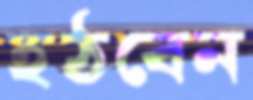
হঠবেন